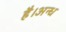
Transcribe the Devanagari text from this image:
है।अन्ध